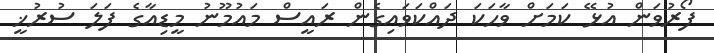
ފޯރުވަން އުޅޭ ކަމަށް ވާހަކަ ދައްކަވައިގެން ރައީސް މައުމޫނު މީޑިއާގެ ފަލަ ސުރުޚީ